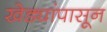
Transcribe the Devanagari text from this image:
खेड्यांपासून